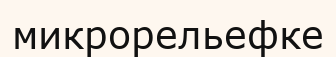
микрорельефке